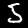
Label: 5